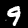
Digit: 9